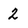
Character: 2